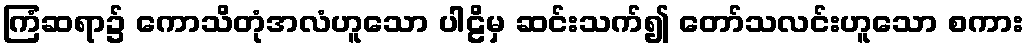
ကြံဆရာ၌ ကောသိတုံအလံဟူသော ပါဠိမှ ဆင်းသက်၍ တော်သလင်းဟူသော စကား